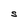
Character: S